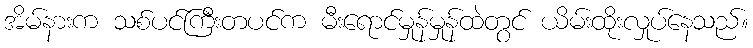
အိမ်နားက သစ်ပင်ကြီးတပင်က မီးရောင်မှုန်မှုန်ထဲတွင် ယိမ်းထိုးလှုပ်နေသည်။